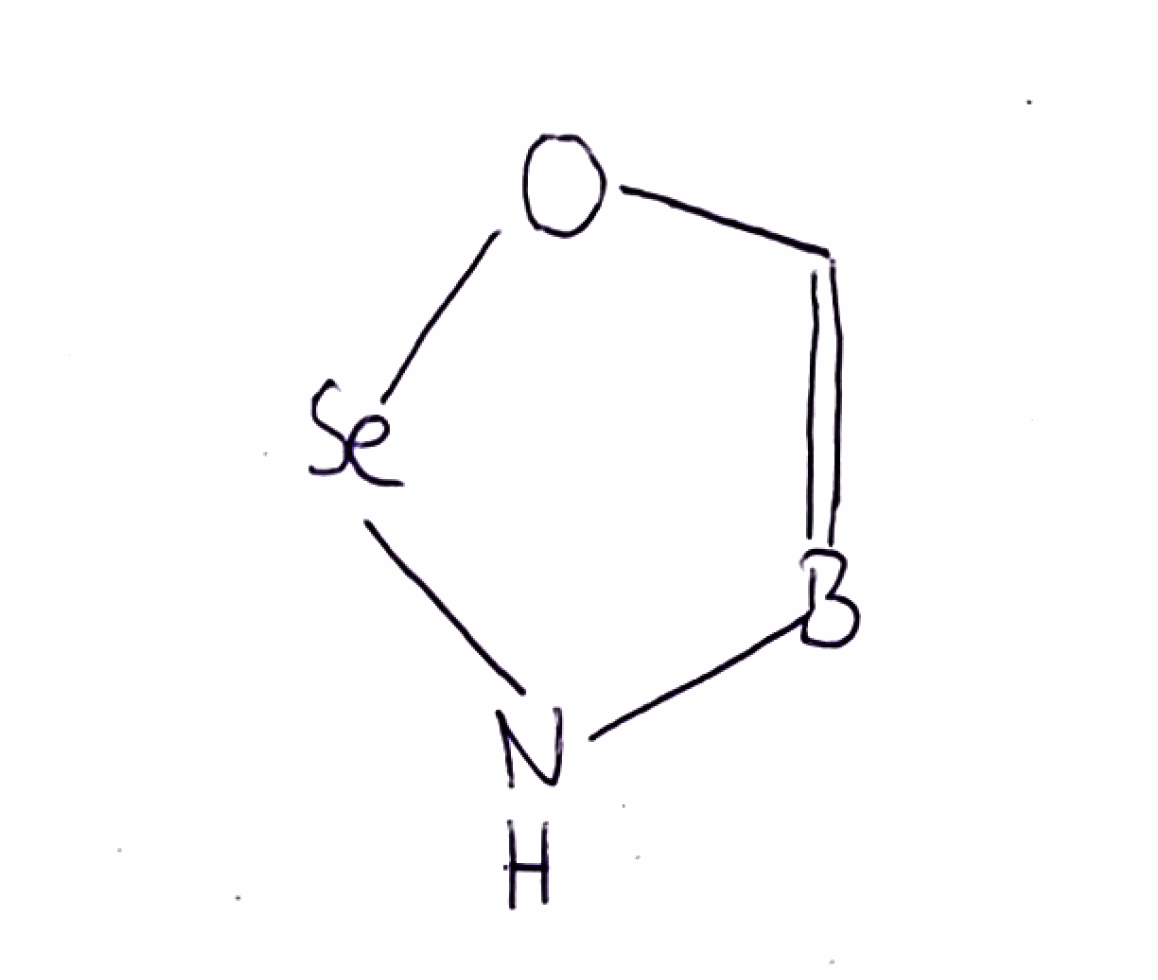
Simplified molecular-input line-entry system (SMILES) notation of the given molecule:
B1=CO[Se]N1